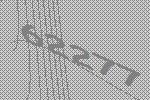
62277